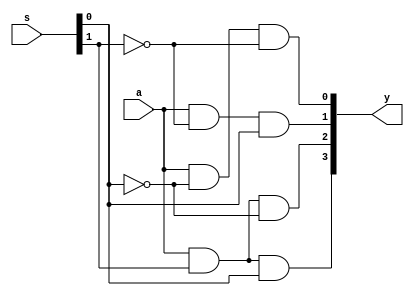
`timescale 1ns / 1ps
//////////////////////////////////////////////////////////////////////////////////
// Company: 
// Engineer: 
// 
// Design Name: 
// Module Name: demux_1x4
// Project Name: 
// Target Devices: 
// Tool Versions: 
// Description: 
// 
// Dependencies: 
// 
// Revision:
// Revision 0.01 - File Created
// Additional Comments:
// 
//////////////////////////////////////////////////////////////////////////////////


module demux_1x4(
    input a,
    input [1:0]s,
    output  [3:0] y
    );
    wire w1,w2;
    not a1(w1,s[0]);
    not a2(w2,s[1]);
    and a3(y[0],a,w1,w2);
    and a4(y[1],a,w2,s[0]);
     and a5(y[2],a,s[1],w1);
    and a6(y[3],a,s[1],s[0]);
        
endmodule